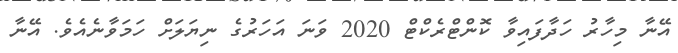
އޭނާ މިހާރު ހަދާފައިވާ ކޮންޓްރެކްޓް 2020 ވަނަ އަހަރުގެ ނިޔަލަށް ހަމަވާނެއެވެ. އޭނާ